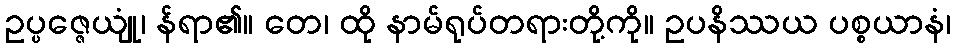
ဥပ္ပဇ္ဇေယျုံ၊ န်ရာ၏။ တေ၊ ထို နာမ်ရုပ်တရားတို့ကို။ ဥပနိဿယ ပစ္စယာနံ၊